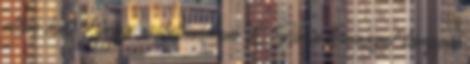
ellen hat. Linum usitatissimum L. Ha a lenmagot langyos